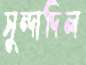
সুন্দাদিল